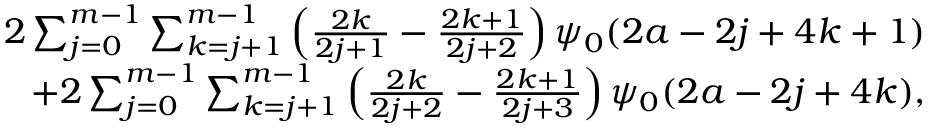
\begin{array} { r } { 2 \sum _ { j = 0 } ^ { m - 1 } \sum _ { k = j + 1 } ^ { m - 1 } \left( \frac { 2 k } { 2 j + 1 } - \frac { 2 k + 1 } { 2 j + 2 } \right) \psi _ { 0 } ( 2 a - 2 j + 4 k + 1 ) } \\ { + 2 \sum _ { j = 0 } ^ { m - 1 } \sum _ { k = j + 1 } ^ { m - 1 } \left( \frac { 2 k } { 2 j + 2 } - \frac { 2 k + 1 } { 2 j + 3 } \right) \psi _ { 0 } ( 2 a - 2 j + 4 k ) , } \end{array}